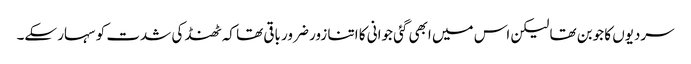
سردیوں کا جوبن تھا لیکن اس میں ابھی گئی جوانی کا اتنا زور ضرور باقی تھا کہ ٹھنڈ کی شدت کو سہار سکے۔